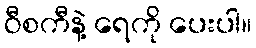
ဝီစကီနဲ့ ရေကို ပေးပါ။